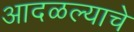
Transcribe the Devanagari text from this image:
आदळल्याचे